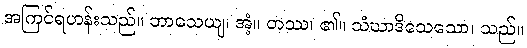
အကြင်ရဟန်းသည်။ ဘာသေယျ၊ အံ့။ တဿ၊ ၏။ သံဃာဒိသေသော၊ သည်။